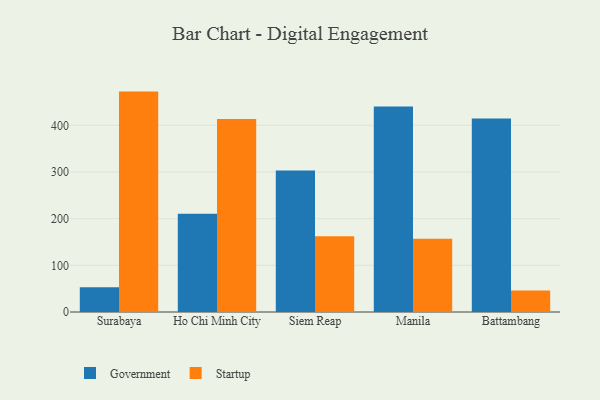
{"axis": {"x": "City", "y": "Operating Costs (USD K)"}, "legend": ["Government", "Startup"], "data": [{"x": "Surabaya", "y": 53.0, "type": "Government"}, {"x": "Surabaya", "y": 472.2, "type": "Startup"}, {"x": "Ho Chi Minh City", "y": 210.4, "type": "Government"}, {"x": "Ho Chi Minh City", "y": 413.5, "type": "Startup"}, {"x": "Siem Reap", "y": 303.4, "type": "Government"}, {"x": "Siem Reap", "y": 162.2, "type": "Startup"}, {"x": "Manila", "y": 440.2, "type": "Government"}, {"x": "Manila", "y": 157.2, "type": "Startup"}, {"x": "Battambang", "y": 414.3, "type": "Government"}, {"x": "Battambang", "y": 45.9, "type": "Startup"}]}